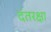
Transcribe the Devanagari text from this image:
दंतरक्षा